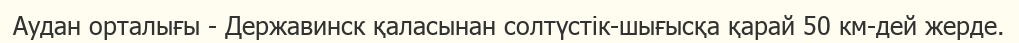
Аудан орталығы - Державинск қаласынан солтүстік-шығысқа қарай 50 км-дей жерде.